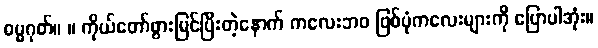
ဓမ္မဂုတ်။ ။ ကိုယ်တော်ဖွားမြင်ပြီးတဲ့နောက် ကလေးဘဝ ဖြစ်ပုံကလေးများကို ပြောပါအုံး။